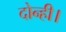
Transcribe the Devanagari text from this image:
दोन्ही।